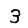
Digit: 3